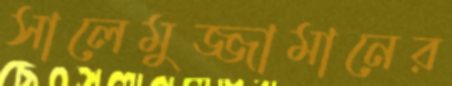
সালেমুজ্জামানের